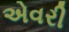
એવરી